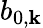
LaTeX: b_{0,\mathbf{k}}